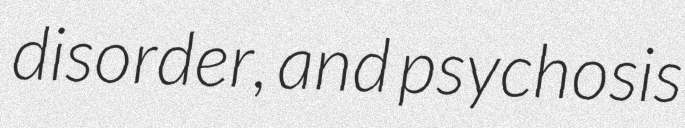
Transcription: disorder, and psychosis